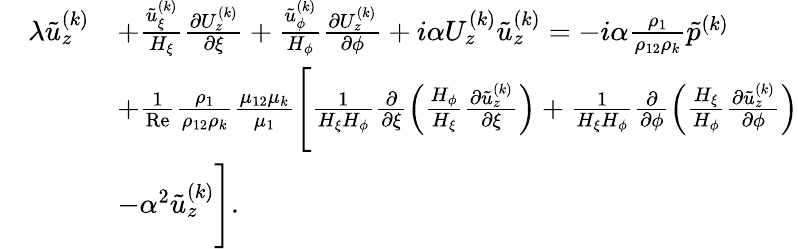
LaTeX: \begin{array}{rl}&{\begin{array}{rl}{\lambda\tilde{u}_{z}^{(k)}}&{+\frac{\tilde{u}_{\xi}^{(k)}}{H_{\xi}}\frac{\partial U_{z}^{(k)}}{\partial\xi}+\frac{\tilde{u}_{\phi}^{(k)}}{H_{\phi}}\frac{\partial U_{z}^{(k)}}{\partial\phi}+i\alpha U_{z}^{(k)}\tilde{u}_{z}^{(k)}=-i\alpha\frac{\rho_{1}}{\rho_{12}\rho_{k}}\tilde{p}^{(k)}}\\ &{+\frac{1}{\mathrm{Re}}\frac{\rho_{1}}{\rho_{12}\rho_{k}}\frac{\mu_{12}\mu_{k}}{\mu_{1}}\Biggl[\frac{1}{H_{\xi}H_{\phi}}\frac{\partial}{\partial\xi}\left(\frac{H_{\phi}}{H_{\xi}}\frac{\partial\tilde{u}_{z}^{(k)}}{\partial\xi}\right)+\frac{1}{H_{\xi}H_{\phi}}\frac{\partial}{\partial\phi}\left(\frac{H_{\xi}}{H_{\phi}}\frac{\partial\tilde{u}_{z}^{(k)}}{\partial\phi}\right)}\\ &{-\alpha^{2}\tilde{u}_{z}^{(k)}\Biggr].}\end{array}}\end{array}